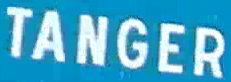
TANGER